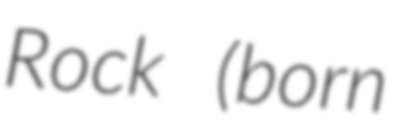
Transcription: Rock (born